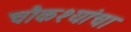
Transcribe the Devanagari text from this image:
चौकश्यांचा